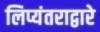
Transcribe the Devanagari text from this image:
लिप्यंतराद्वारे